Calcutta medical institutions reports 1879-81 [i.e.91]
Year: 1879
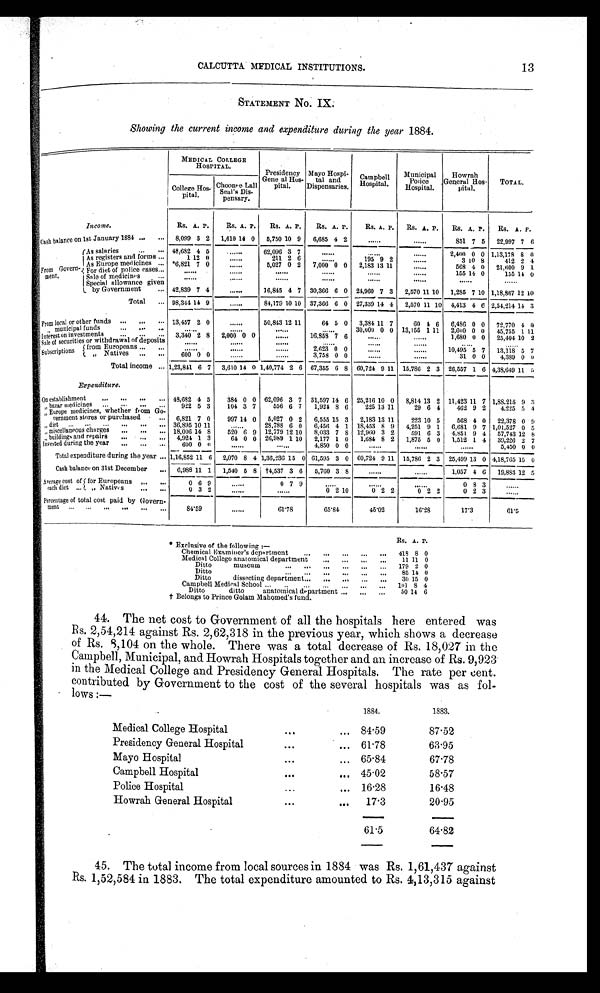
13
CALCUTTA MEDICAL INSTITUTIONS.
STATEMENT NO. IX
.
Showing the current income and expenditure during the year 1884.
MEDICAL COLLEGE
HOSPITAL.
Presidency
Gene al Hos
¬pital.
Mayo Hospi
¬tal and
Dispensaries.
Campbell
Hospital.
Municipal
Police
Hospital.
Howrah
General Hos
¬pital.
TOTAL.
College Hos
¬pital.
Choonee Lall
Seal's Dis
¬pensary.
Income.
Rs. A. P.
Rs. A. P.
Rs. A. P.
Rs. A. P.
Rs. A. P.
Rs. A. P.
Rs. A. P.
Rs. A P
.
Cash balance on 1st January 1884 ... ...
8,099 3 2 1,610 14 0 5,750 10 9
6,685 4 2
... ... ... ... ... ...
851 7 5 22,997 7 6
From Govern - m e n t .
As salaries
...
... 48,682 4 5
. . . . . .
... 62,096 3 7
...... . . . . . .
. . . . . . . . . . . .
......
. . . . . . 2,400 0 0 1,13,178 8 0
As registers and forms ...
1 12 0
....... . . .
...
211 2 6
. . . . . . . . . 195 9 2
. . . . . . . . . . . .
3 10 8
412 2 4
As Europe medicines ... *6,821 7 0
. . . . . . . . .
... 5,027 0 2
7,000 0 0
2,183 13 11
. . . . . . . . . 568 4 0 21,600 9 1
For diet of police cases...
. . . . . . . . .
. . . . . .
...
. . .
. . . . . .
. . . . . . . . .
. . . . . . . . .
. . . . . . . . . 155 14 0
155 14 0
S a l e o f m e d i c i n e s . . .
. . . . . . . . .
. . . . . .
...
. . . . . . . . .
. . . . . . . . .
. . . . . . . . .
. . . . . . . . .
. . . . . . . . .
. . . . . . . . .
Special allowance given
by Government
... 42,839 7 4
......
. . .
... 16,845 4 7 30,366 6 0 24,960 7 3 2,570 11 10 1,285 7 10 1,18,867 12 10
Total
... 98,344 14 9
. . . . . . . . .
... 84,179 10 10 37,366 6 0 27,339 14 4 2,570 11 10 4,413 4 6 2,54,214 14 3
From local or other funds ...
...
. . . 13,457 2 0
. . . . . .
. . .
...
50,843 12 11
64 5 0 3,384 11 7
60 4 6 6,486 0 0 72,770 4 0
„ m u n i c i p a l f u n d s
. . .
. . .
. . .
. . . . . . . . .
. . . . . .
...
. . . . . . . . .
. . . . . . . . . 30,000 0 0 13,155 1 11 2,600 0 0
45,755 1 11
Interest on investments
...
...
. . .
3,340 2 8 2,000 0 0
. . . . . . . . . 16,858 7 6
. . . . . . . . .
. . . . . . . . . 1,680 0 0 25,404 10 2
Sale of securities or withdrawal of deposits
. . . . . . . . .
. . . . . .
...
. . . . . . . . .
. . . . . . . . .
. . . . . . . . .
. . . . . . . . .
. . . . . . . . .
. . . . . . . . .
Subscriptions
from Europeans ...
. . .
. . . . . . . . .
. . . . . .
...
. . . . . . . . . 2,623 0 0
. . . . . . . . .
. . . . . . . . . 10,495 5 7 13,118 5 7
„ N a t i v e s . . . . . . 600 0 0
. . . . . .
...
. . . . . . . . . 3,758 0 0
. . . . . . . . .
. . . . . . . . .
31 0 0
4,389 0
0
Total income ... 1,23,841 6 7 3,610 14 0 1,40,774 2 6 67,355 6 8 60,724 9 11 15,786 2 3 26,557 1 6 4,38,649 11 5
Expenditure.
On establishment
...
...
...
... 48,682 4 5
384 0 0 62,096 3 7 31,597 14 6 25,216 10 0 8,814 13 2 11,423 11 7 1,88,215 9 3
„ bazar medicines ... ... ... ...
922 5 3
104 3 7
556 6 7
1,924 8 6
225 13 11
29 6 4
462 9 2
4.225 5 4
Europe medicines, whether from Go
¬vernment stores or purchased . . .
. . .
6,821 7 0
997 14 0 5,027 0 2
6,555 15 3
2,183 13 11
223 10 5
568 4 0
22,378 0 9
„ diet ...
...
......... 36,895 10 11
. . . . . . ...
2 8 , 7 8 8 6 0
6,456 4 1 18,453 8 9 4,251 9 1 6,681 9 7 1,01,527 0 5
„ miscellaneous charges
...
...
... 18,006 14 8
520 6 9 12,779 12 10 8,033 7 8 12,960 3 2
591 6 3 4,851 9 4 57,743 12 8
„ buildings and repairs . . .
. . .
. . . 4,924 1 3
61 0 0 26,989 1 10 2,177 1 0
1,684 8 2 1,875 5 0 1,512 1 4 39,226 2 7
Invested during the year
...
...
...
600 0 0
. . . . . .
...
. . . . . . . . . 4,850 0 0
. . . . . . . . .
. . . . . . . . .
. . . . . . . . . 5,450 0 0
Total expenditure during the year ... 1,16,852 11 6 2,070 8 4 1,36,236 15 0 61,595 3 0 60,724 9 11 15,786 2 3 25,499 13 0 4,18,765 15 0
Cash balance on 31st December
. . . 6,988 11 1 1,540 5 8 †4,537 3 6
5,760 3 8
. . . . . . . . .
. . . . . . . . . 1,057 4 6 19,883 12 5
Average cost of
each diet
. . .
for Europeans ...
. . .
0 6 9
...
0 7 9
. . .
. . .
. . .
0 8 3
. . . . . .
„ Natives
...
. . .
0 3 2 ...
. . .
0 2 10
0 2 2
0 2 2
0 2 3
. . .
. . .
Percentage of total cost paid. by Govern¬ment ...
84.59
. . .
61.78
65.84
45.02
16.28
17.3
61.5
Exclusive of the following :—
Rs. A. P.
Chemical Examiner's department
...
... ...
...
418 8 0
Medical College anatomical department...
...
...
...
11 11 0
Ditto
museum
...
...
...
...
...
...
179 2 0
Ditto..
...
...
...
...
85 14 0
Ditto
dissecting department.-
... ... ...
...
30 15 0
Campbell Medical School ...
..
... ...
.
.... .... ...
1 0 1 8 4
Ditto
ditto
anatomical department
... ...
...
50 14 6
† Belongs to Prince Golam Mahomed' s fund.
44.
The net cost to Government of all the hospitals here entered was
Rs. 2,54,214 against Rs. 2,62,318 in the previous year, which shows a decrease
of Rs. 8,104 on the whole. There was a total decrease of Rs. 18,027 in the
Campbell, Municipal, and Howrah Hospitals together and an increase of Rs. 9,923
in the Medical College and Presidency General Hospitals. The rate per cent.
contributed by Government to the cost of the several hospitals was as fol
¬ l o w s : —
1884.
1883.
Medical College Hospital
...
... 84.59
87.52
Presidency General Hospital
...
... 61.78
63.95
Mayo Hospital
... ...
65.84
67.78
Campbell Hospital
...
... 45.02
58.57
Police Hospital
...
... 16.28
16.48
Howrah General Hospital
...
...
17.3
20.95
61.5
64.82
45.
The total income from local sources in 1884 was Rs. 1,61,437 against
Rs. 1,52,584 in 1883. The total expenditure amounted to Rs. 4,13,315 against